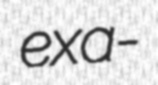
exa-